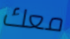
معك